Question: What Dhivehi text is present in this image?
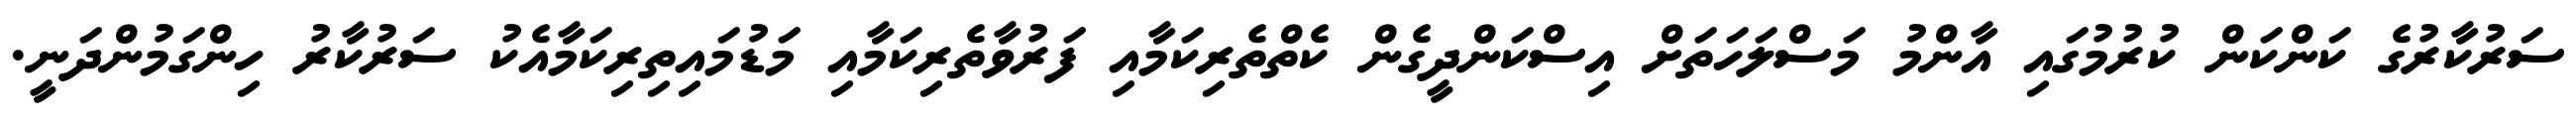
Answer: ސަރުކާރުގެ ކަންކަން ކުރުމުގައި އާންމު މަސްލަހަތަށް އިސްކަންދީގެން ކެތްތެރިކަމާއި ފަރުވާތެރިކަމާއި މަޑުމައިތިރިކަމާއެކު ސަރުކާރު ހިންގަމުންދަނީ.